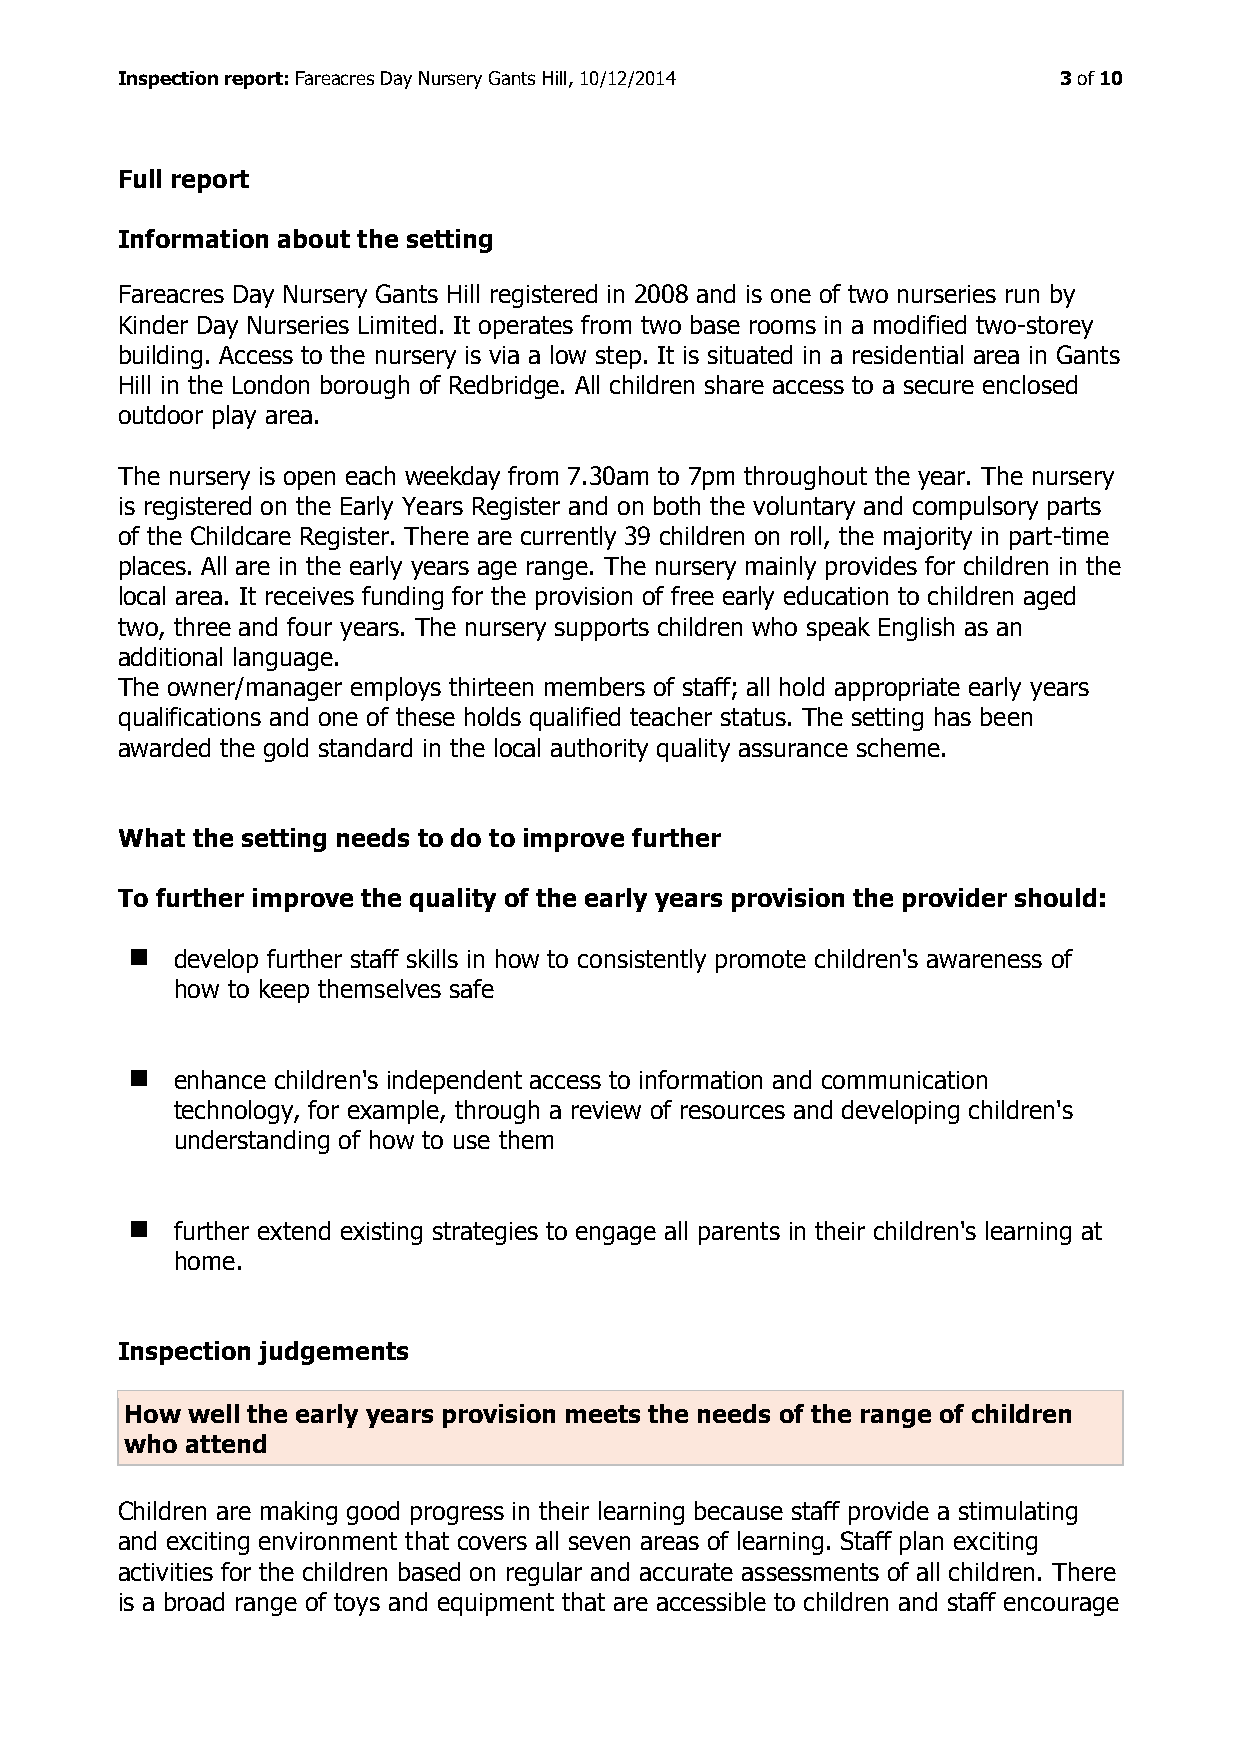
Inspection report: Fareacres Day Nursery Gants Hill, 10/12/2014 3 of 10
 Full report
 Information about the setting
 Fareacres Day Nursery Gants Hill registered in 2008 and is one of two nurseries run by
 Kinder Day Nurseries Limited. It operates from two base rooms in a modified two-storey
 building. Access to the nursery is via a low step. It is situated in a residential area in Gants
 Hill in the London borough of Redbridge. All children share access to a secure enclosed
 outdoor play area.
 The nursery is open each weekday from 7.30am to 7pm throughout the year. The nursery
 is registered on the Early Years Register and on both the voluntary and compulsory parts
 of the Childcare Register. There are currently 39 children on roll, the majority in part-time
 places. All are in the early years age range. The nursery mainly provides for children in the
 local area. It receives funding for the provision of free early education to children aged
 two, three and four years. The nursery supports children who speak English as an
 additional language.
 The owner/manager employs thirteen members of staff; all hold appropriate early years
 qualifications and one of these holds qualified teacher status. The setting has been
 awarded the gold standard in the local authority quality assurance scheme.
 What the setting needs to do to improve further
 To further improve the quality of the early years provision the provider should:
   develop further staff skills in how to consistently promote children's awareness of
 how to keep themselves safe
   enhance children's independent access to information and communication
 technology, for example, through a review of resources and developing children's
 understanding of how to use them
   further extend existing strategies to engage all parents in their children's learning at
 home.
 Inspection judgements
 How well the early years provision meets the needs of the range of children
 who attend
 Children are making good progress in their learning because staff provide a stimulating
 and exciting environment that covers all seven areas of learning. Staff plan exciting
 activities for the children based on regular and accurate assessments of all children. There
 is a broad range of toys and equipment that are accessible to children and staff encourage